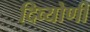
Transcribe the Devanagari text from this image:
दिव्योणी